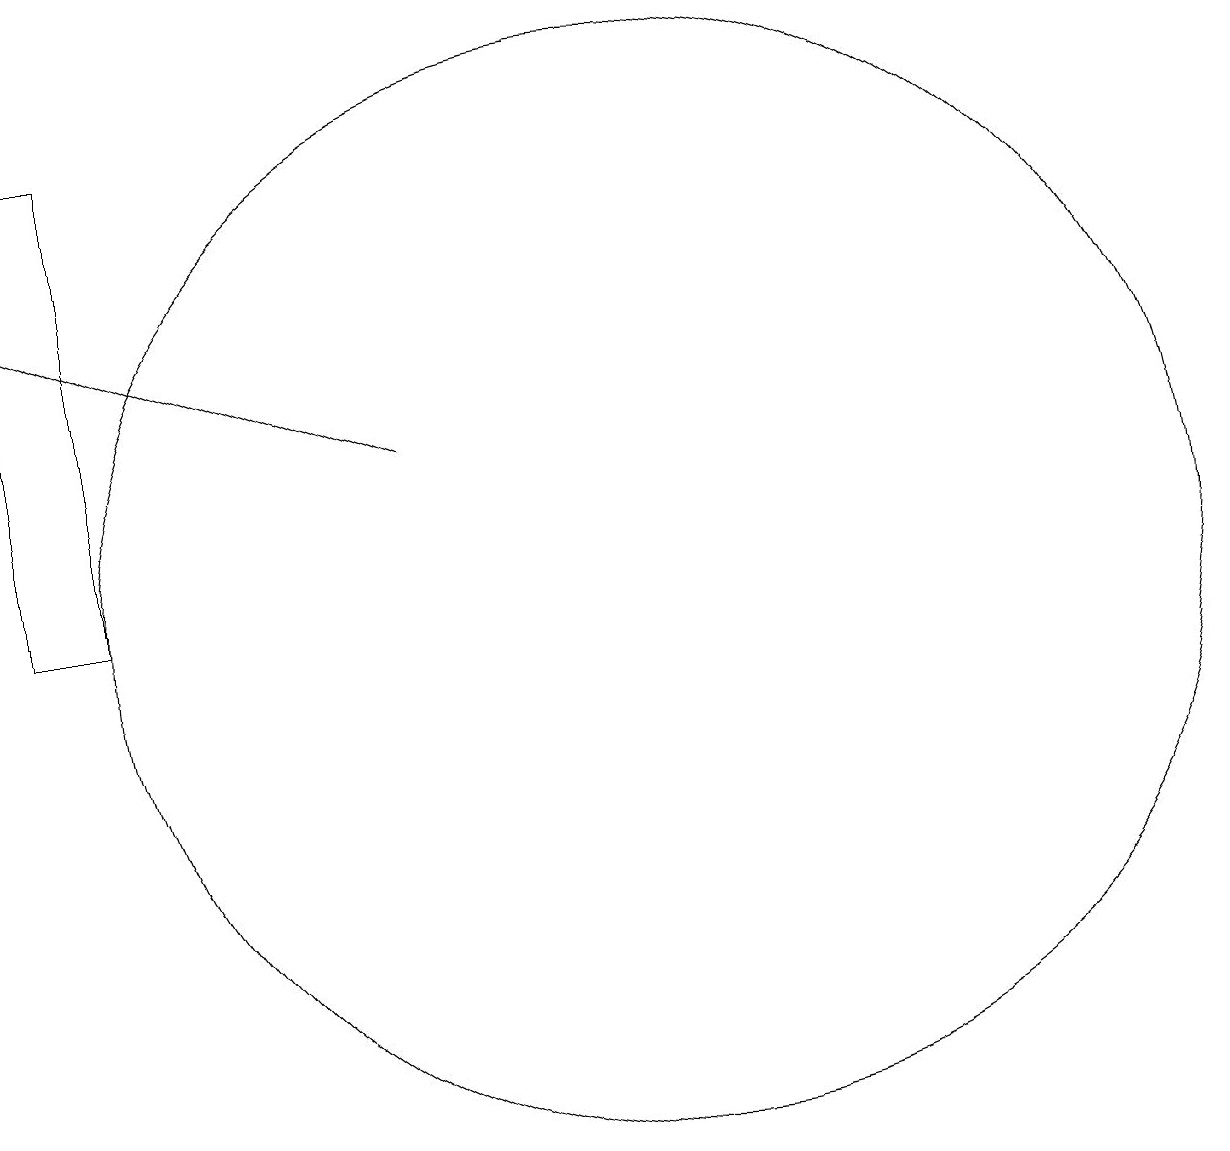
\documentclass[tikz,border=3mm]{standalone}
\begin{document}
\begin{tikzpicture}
\draw (11,11) circle (7);
\draw (3,11) rectangle (4,17);
\draw[->] (8,13) -- (3,15);
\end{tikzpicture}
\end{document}